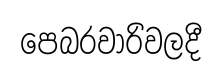
පෙබරවාරිවලදී